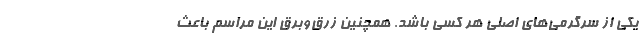
یکی از سرگرمی‌های اصلی هر کسی باشد. همچنین زرق‌و‌برق این مراسم باعث